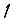
Digit: 1